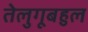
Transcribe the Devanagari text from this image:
तेलुगूबहुल